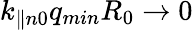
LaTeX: k_{\parallel n0}q_{min}R_{0}\rightarrow 0